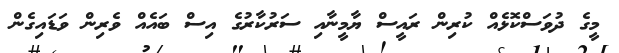
މީގެ ދުވަސްކޮޅެއް ކުރިން ރައީސް ޔާމީނާއި ސަރުކާރުގެ އިސް ބައެއް ވެރިން ވަޑައިގެން